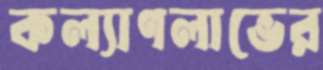
কল্যাণলাভের